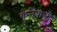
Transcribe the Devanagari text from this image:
कुत्तेवाली